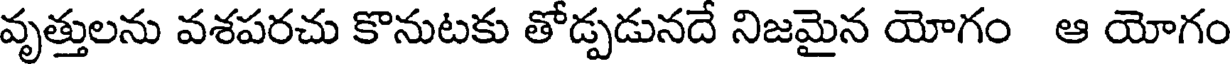
వృత్తులను వశపరచు కొనుటకు తోడ్పడునదే నిజమైన యోగం ఆ యోగం